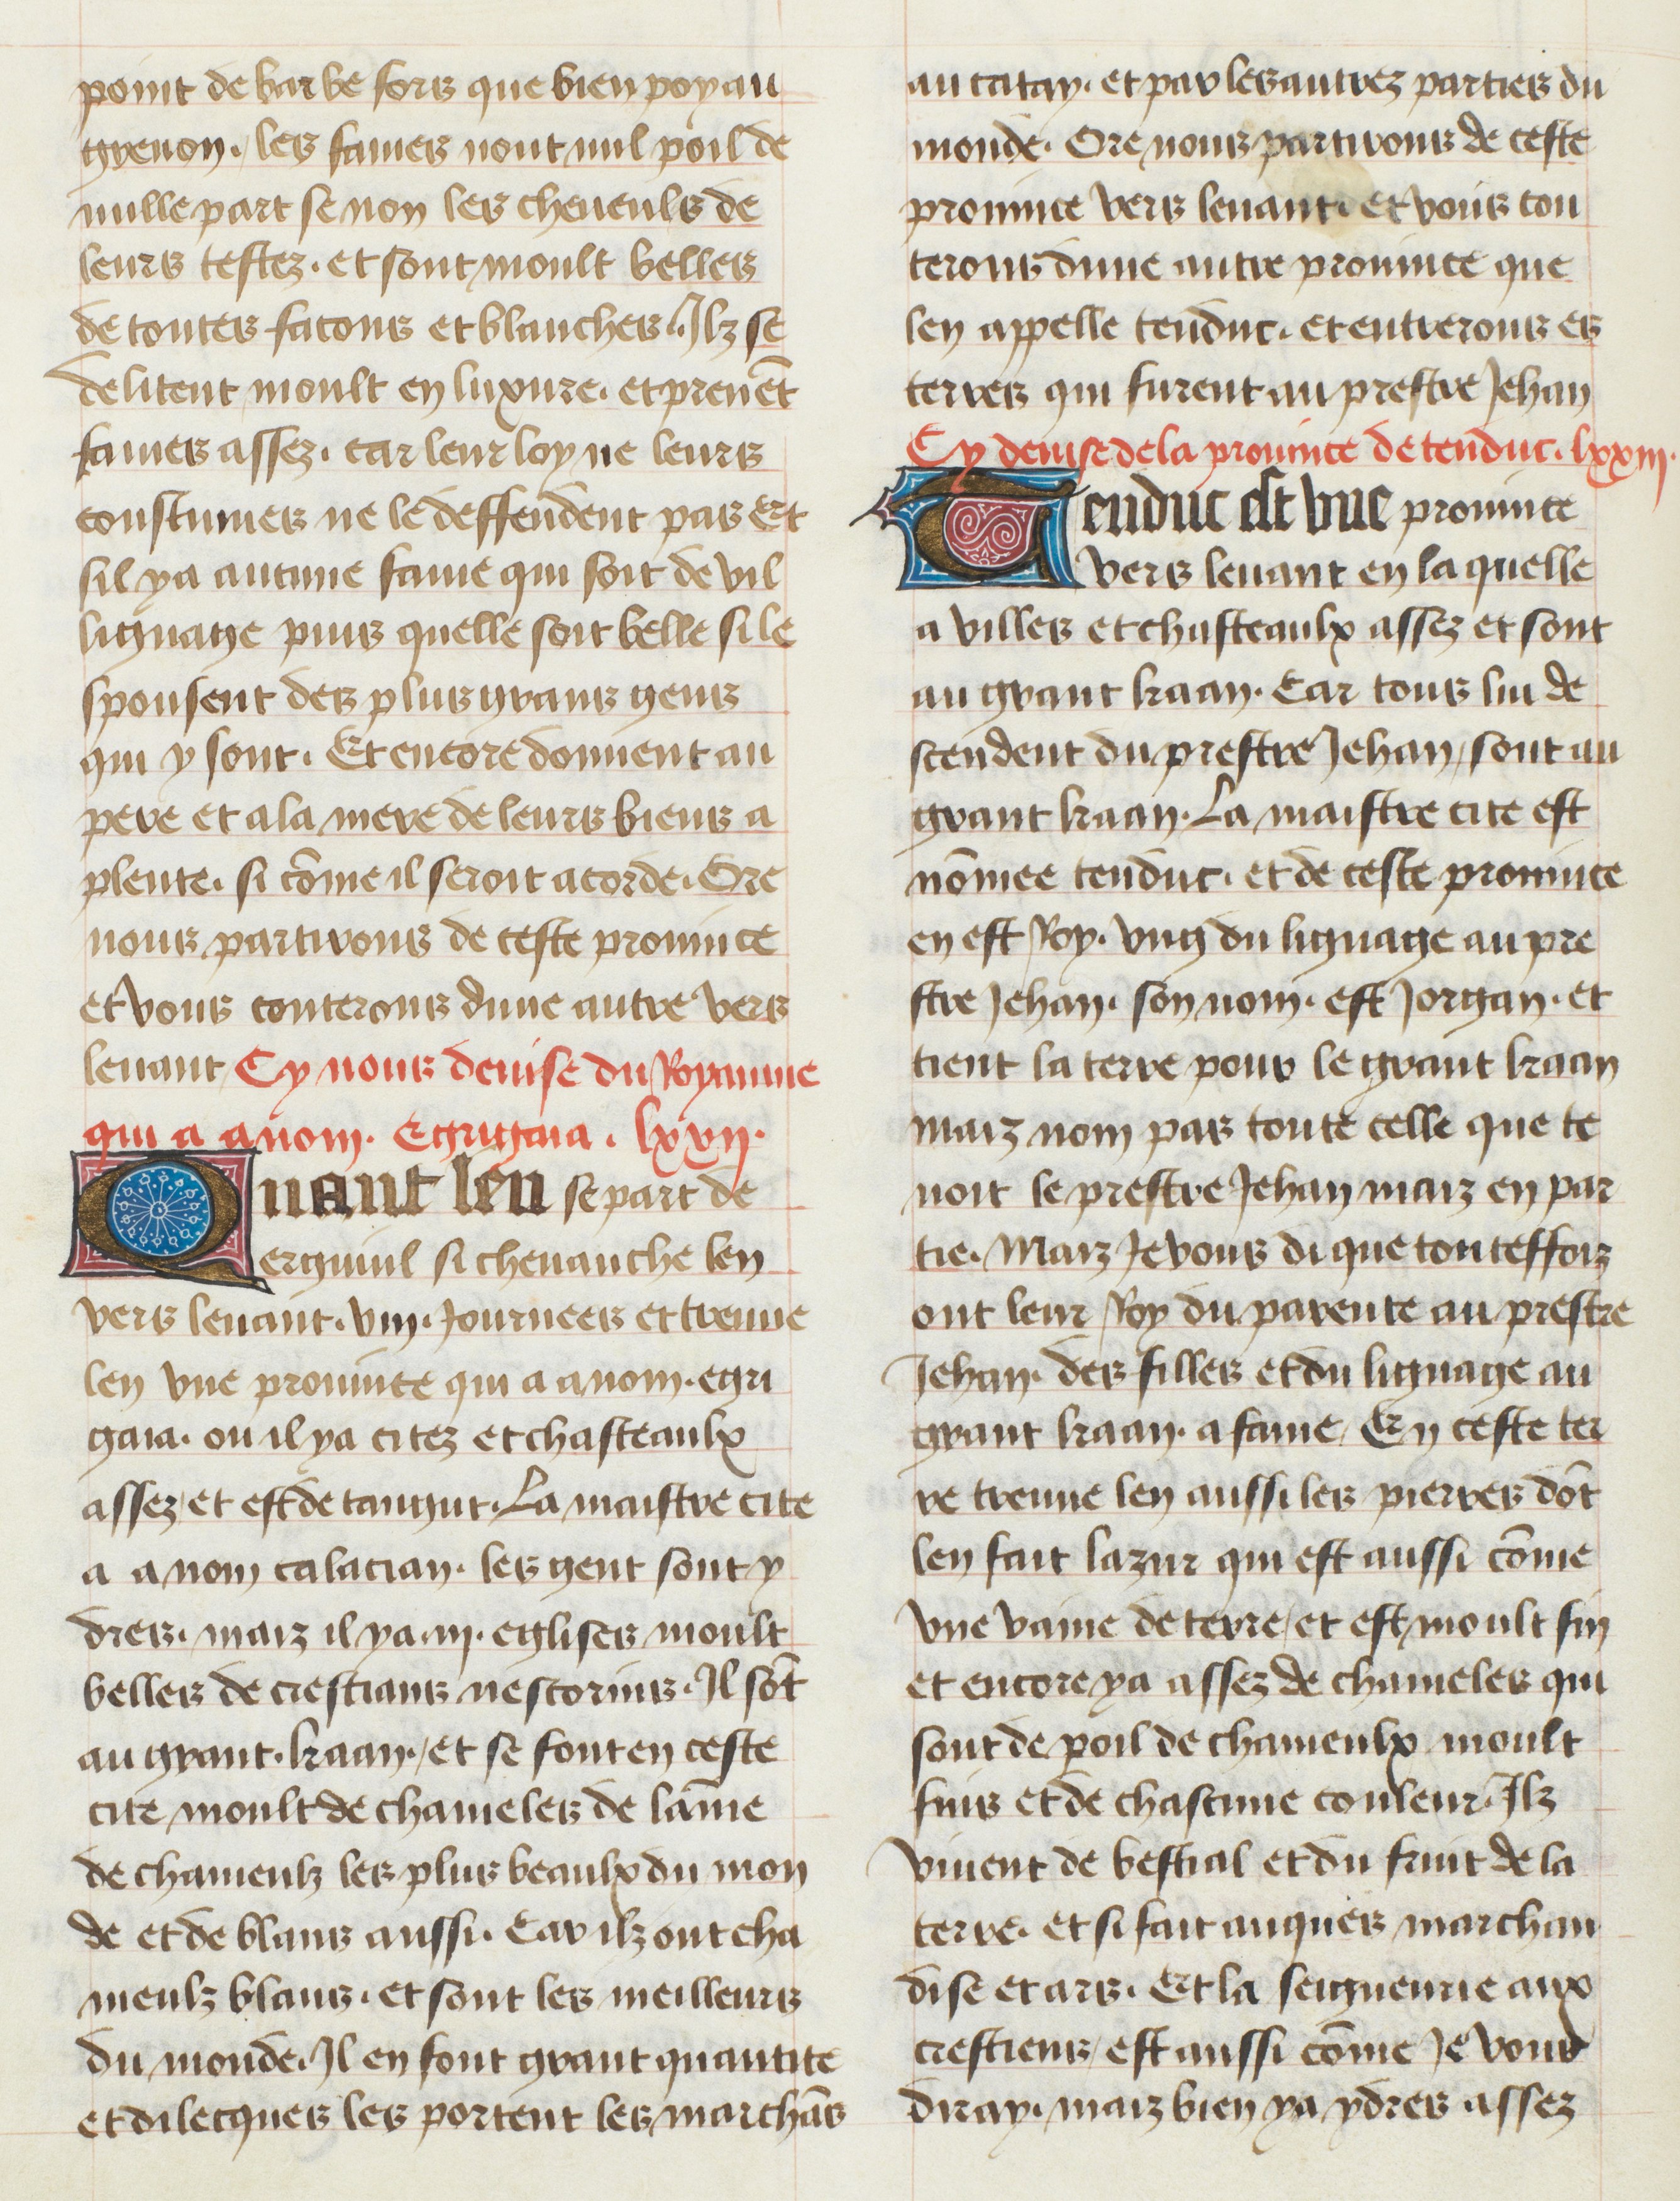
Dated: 1400–1449